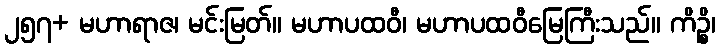
၂၅၇+ မဟာရာဇ၊ မင်းမြတ်။ မဟာပထဝီ၊ မဟာပထဝီမြေကြီးသည်။ ကိဉ္စိ၊